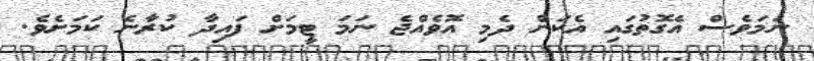
ނަމަވެސް އެގޮތުގައި އެކަން ދެމި އޮވެއްޖެ ނަމަ ޓީމަށް ފައިދާ ކުރާނެ ކަމަށެވެ.